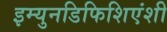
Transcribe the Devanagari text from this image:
इम्युनडिफिशिएंशी